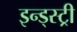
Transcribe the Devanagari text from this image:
इन्ड्स्ट्री